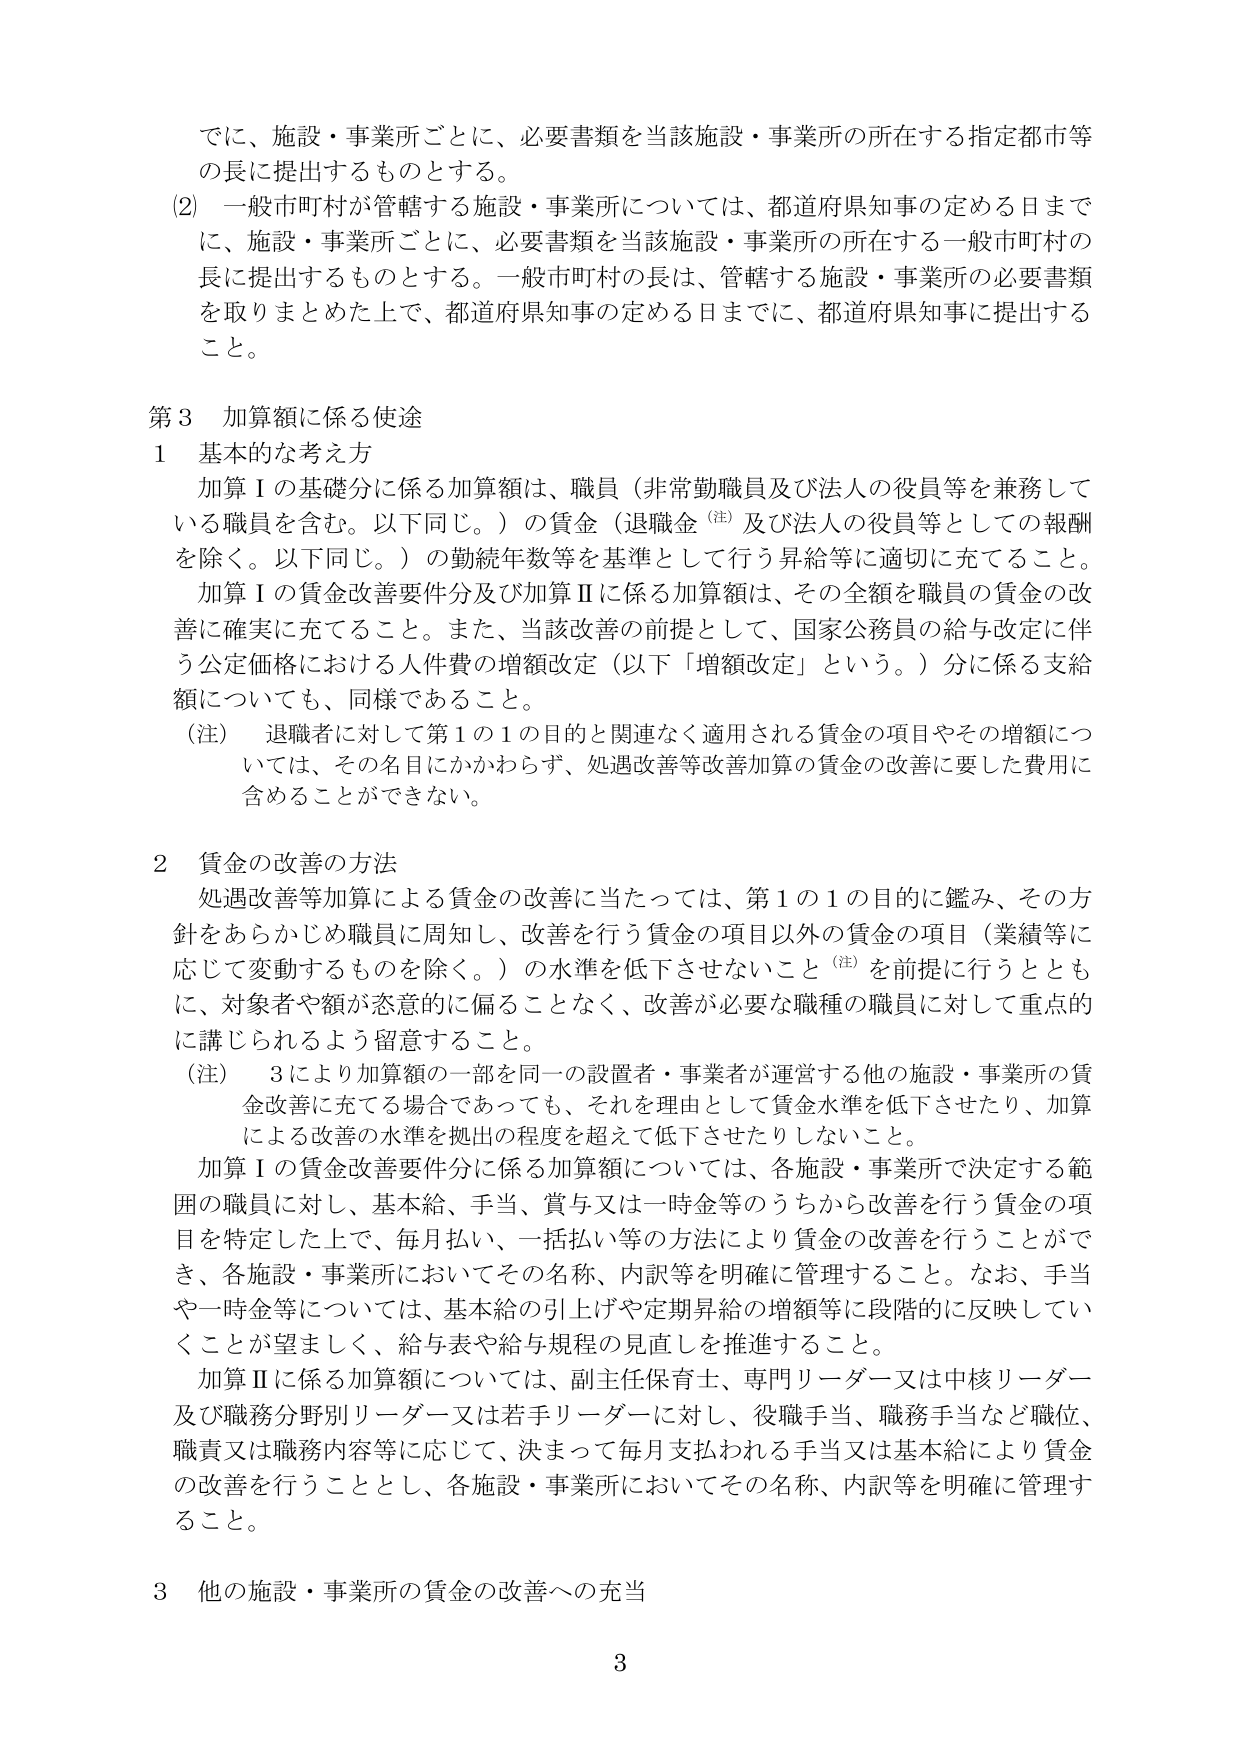
でに、施設・事業所ごとに、必要書類を当該施設・事業所の所在する指定都市等の長に提出するものとする。

(2) 一般市町村が管轄する施設・事業所については、都道府県知事の定める日までに、施設・事業所ごとに、必要書類を当該施設・事業所の所在する一般市町村の長に提出するものとする。一般市町村の長は、管轄する施設・事業所の必要書類を取りまとめた上で、都道府県知事の定める日までに、都道府県知事に提出すること。

第3 加算額に係る使途

1 基本的な考え方

加算Ⅰの基礎分に係る加算額は、職員（非常勤職員及び法人の役員等を兼務している職員を含む。以下同じ。）の賃金（退職金（注）及び法人の役員等としての報酬を除く。以下同じ。）の勤続年数等を基準として行う昇給等に適切に充てること。加算Ⅰの賃金改善要件分及び加算Ⅱに係る加算額は、その全額を職員の賃金の改善に確実に充てること。また、当該改善の前提として、国家公務員の給与改定に伴う公定価格における人件費の増額改定（以下「増額改定」という。）分に係る支給額についても、同様であること。

（注） 退職者に対して第1の1の目的と関連なく適用される賃金の項目やその増額については、その名目にかかわらず、処遇改善等改善加算の賃金の改善に要した費用に含めることができない。

2 賃金の改善の方法

処遇改善等加算による賃金の改善に当たっては、第1の1の目的に鑑み、その方針をあらかじめ職員に周知し、改善を行う賃金の項目以外の賃金の項目（業績等に応じて変動するものを除く。）の水準を低下させないこと（注）を前提に行うとともに、対象者や額が恣意的に偏ることなく、改善が必要な職種の職員に対して重点的に講じられるよう留意すること。

（注） 3により加算額の一部を同一の設置者・事業者が運営する他の施設・事業所の賃金改善に充てる場合であっても、それを理由として賃金水準を低下させたり、加算による改善の水準を拠出の程度を超えて低下させたりしないこと。

加算Ⅰの賃金改善要件分に係る加算額については、各施設・事業所で決定する範囲の職員に対し、基本給、手当、賞与又は一時金等のうちから改善を行う賃金の項目を特定した上で、毎月払い、一括払い等の方法により賃金の改善を行うことができ、各施設・事業所においてその名称、内訳等を明確に管理すること。なお、手当や一時金等については、基本給の引上げや定期昇給の増額等に段階的に反映していくことが望ましく、給与表や給与規程の見直しを推進すること。

加算Ⅱに係る加算額については、副主任保育士、専門リーダー又は中核リーダー及び職務分野別リーダー又は若手リーダーに対し、役職手当、職務手当など職位、職責又は職務内容等に応じて、決まって毎月支払われる手当又は基本給により賃金の改善を行うこととし、各施設・事業所においてその名称、内訳等を明確に管理すること。

3 他の施設・事業所の賃金の改善への充当

3